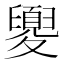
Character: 夓